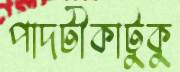
পাদটীকাটুকু